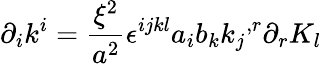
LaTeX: {\partial}_{i}k^{i}=\frac{{\xi}^{2}}{a^{2}}{\epsilon}^{ijkl}a_{i}b_{k}{k_{j}}^{,r}{\partial}_{r}K_{l}